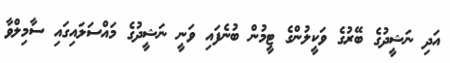
އަދި ނަޝީދުގެ ބޭރުގެ ވަކީލުންގެ ޓީމުން ބުނެފައި ވަނީ ނަޝީދުގެ މައްސަލައިގައި ސާމިލްވާ